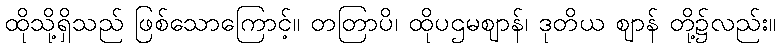
ထိုသို့ရှိသည် ဖြစ်သောကြောင့်။ တတြာပိ၊ ထိုပဌမဈာန်၊ ဒုတိယ ဈာန် တို့၌လည်း။